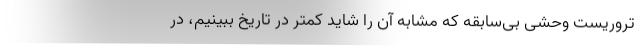
تروریست وحشی بی‌سابقه که مشابه آن را شاید کمتر در تاریخ ببینیم، در